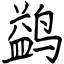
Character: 鹢